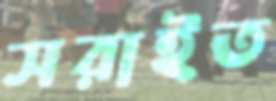
সরাইত